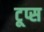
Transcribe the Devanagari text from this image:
टूप्स